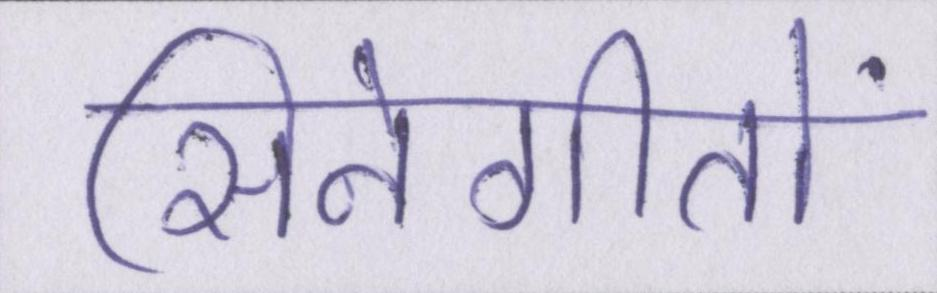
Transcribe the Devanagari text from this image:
सिनेगीतों